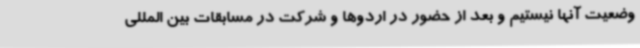
وضعیت آنها نیستیم و بعد از حضور در اردوها و شرکت در مسابقات بین المللی